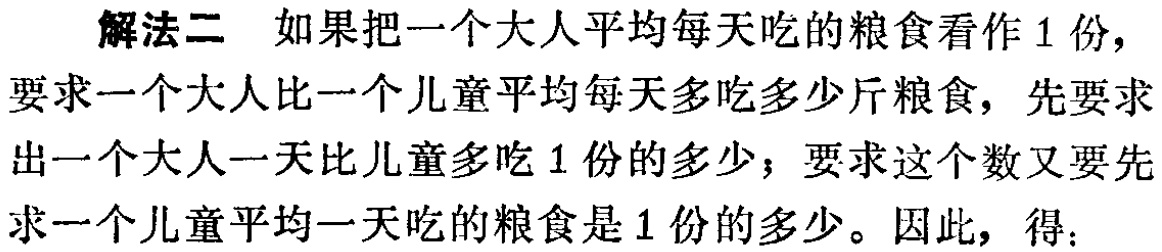
解法二 如果把一个大人平均每天吃的粮食看作1份，
要求一个大人比一个儿童平均每天多吃多少斤粮食，先要求
出一个大人一天比儿童多吃1份的多少；要求这个数又要先
求一个儿童平均一天吃的粮食是1份的多少。因此，得：